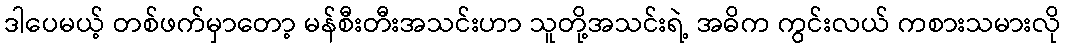
ဒါပေမယ့် တစ်ဖက်မှာတော့ မန်စီးတီးအသင်းဟာ သူတို့အသင်းရဲ့ အဓိက ကွင်းလယ် ကစားသမားလို